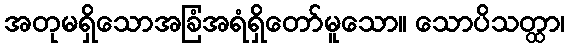
အတုမရှိသောအခြံအရံရှိတော်မူသော။ သောပိသတ္ထာ၊